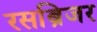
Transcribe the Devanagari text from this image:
रसब्रिजर